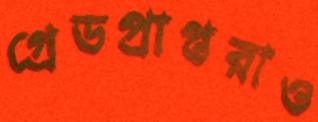
গ্রেডপ্রাপ্তরাও